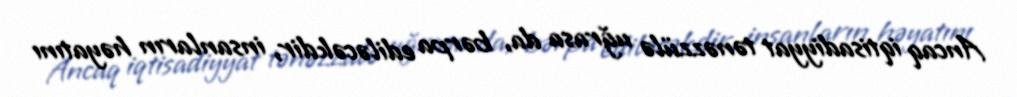
Ancaq iqtisadiyyat tənəzzülə uğrasa da, bərpa ediləcəkdir, insanların həyatını